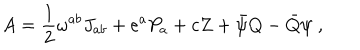
LaTeX: A = \frac { 1 } { 2 } \omega ^ { a b } J _ { a b } + e ^ { a } P _ { a } + c Z + \bar { \psi } Q - \bar { Q } \psi \; ,